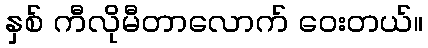
နှစ် ကီလိုမီတာလောက် ဝေးတယ်။